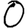
Digit: 0